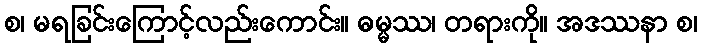
စ၊ မရခြင်းကြောင့်လည်းကောင်း။ ဓမ္မဿ၊ တရားကို။ အဒဿနာ စ၊